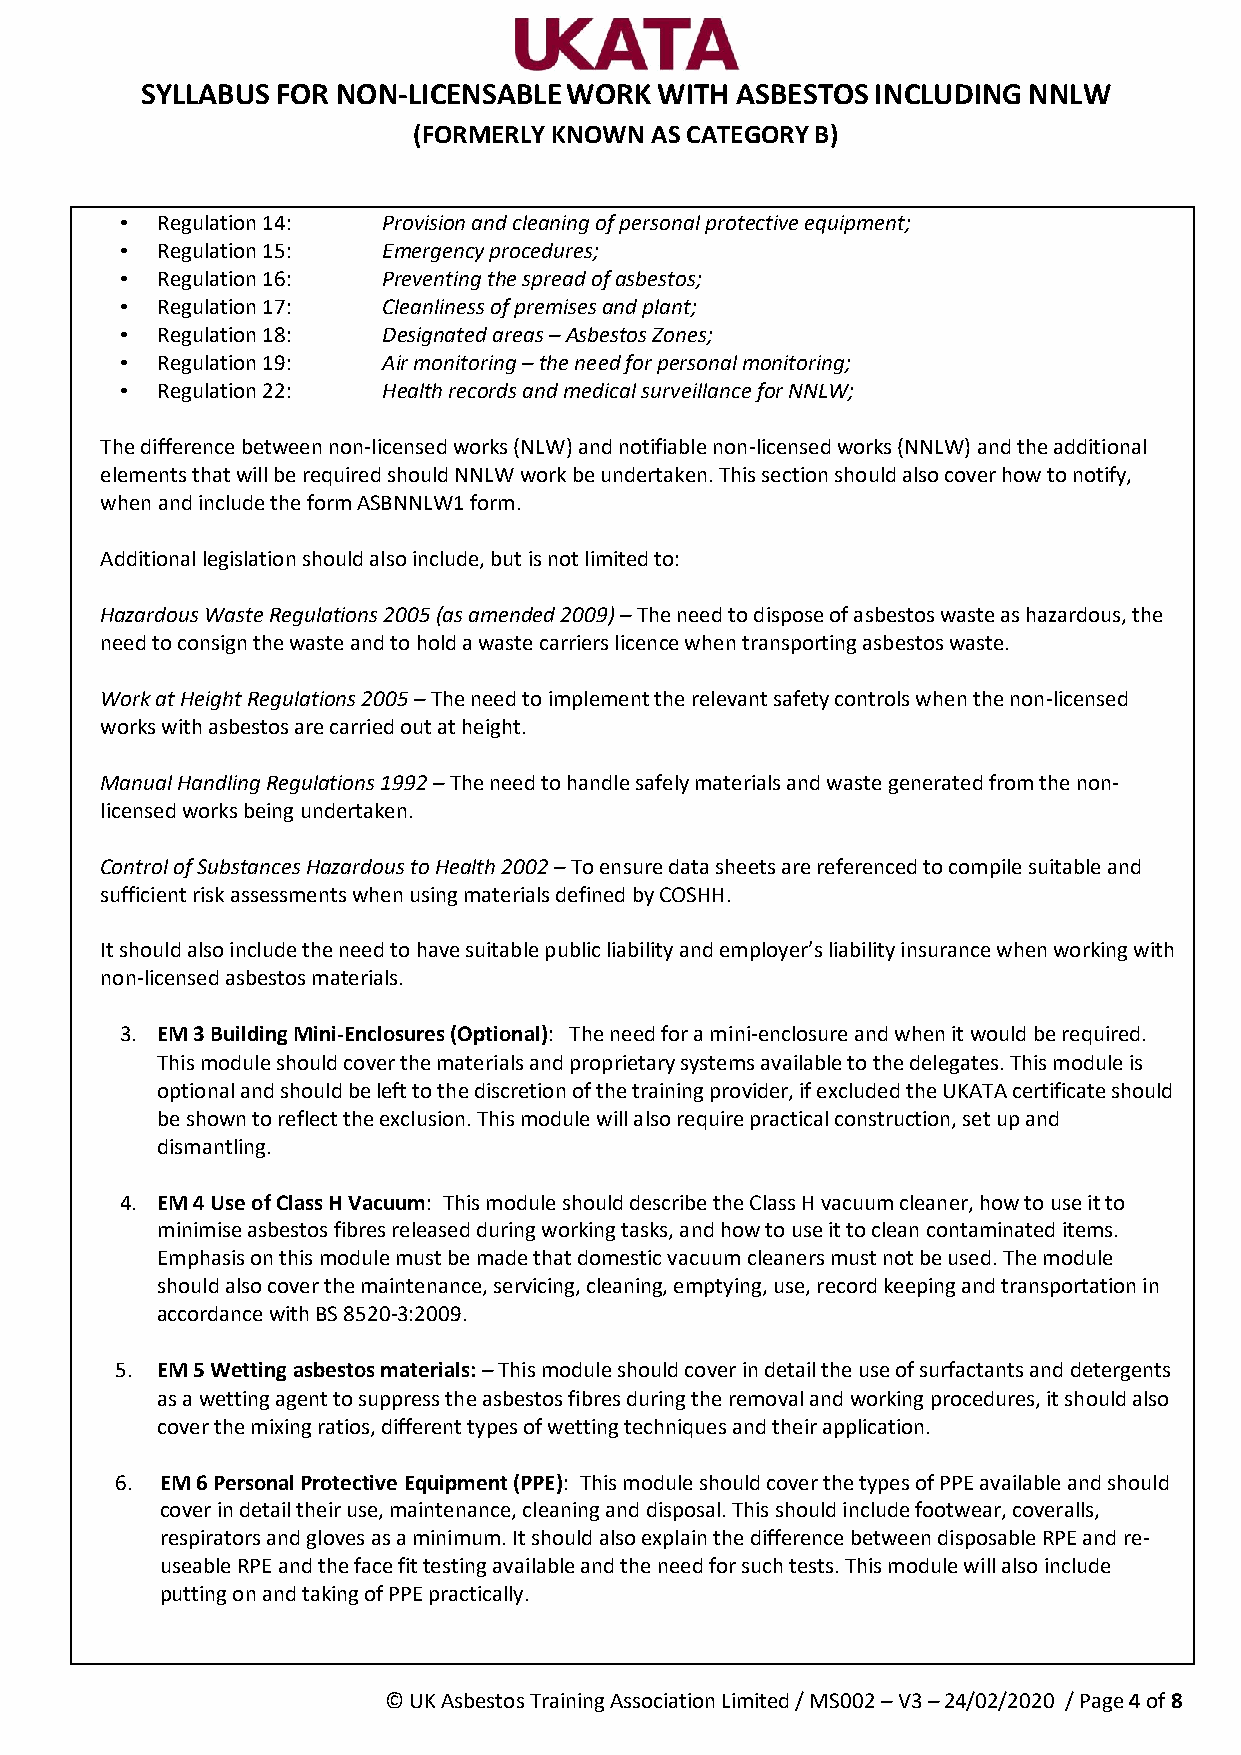
SYLLABUS FOR NON-LICENSABLE WORK  WITH  ASBESTOS INCLUDING NNLW
 (FORMERLY KNOWN AS CATEGORY B)
 • Regulation 14: Provision and cleaning of personal protective equipment;
 • Regulation 15: Emergency procedures;
 • Regulation 16: Preventing the spread of asbestos;
 • Regulation 17: Cleanliness of premises and plant;
 • Regulation 18: Designated areas – Asbestos Zones;
 • Regulation 19: Air monitoring – the need for personal monitoring;
 • Regulation 22: Health records and medical surveillance for NNLW;
 The difference between non-licensed works (NLW) and notifiable non-licensed works (NNLW) and the additional
 elements that will be required should NNLW work be undertaken. This section should also cover how to notify,
 when and include the form ASBNNLW1 form.
 Additional legislation should also include, but is not limited to:
 Hazardous Waste Regulations 2005 (as amended 2009) – The need to dispose of asbestos waste as hazardous, the
 need to consign the waste and to hold a waste carriers licence when transporting asbestos waste.
 Work at Height Regulations 2005 – The need to implement the relevant safety controls when the non-licensed
 works with asbestos are carried out at height.
 Manual Handling Regulations 1992 – The need to handle safely materials and waste generated from the non-
 licensed works being undertaken.
 Control of Substances Hazardous to Health 2002 – To ensure data sheets are referenced to compile suitable and
 sufficient risk assessments when using materials defined by COSHH.
 It should also include the need to have suitable public liability and employer’s liability insurance when working with
 non-licensed asbestos materials.
 3. EM 3 Building Mini-Enclosures (Optional): The need for a mini-enclosure and when it would be required.
 This module should cover the materials and proprietary systems available to the delegates. This module is
 optional and should be left to the discretion of the training provider, if excluded the UKATA certificate should
 be shown to reflect the exclusion. This module will also require practical construction, set up and
 dismantling.
 4. EM 4 Use of Class H Vacuum: This module should describe the Class H vacuum cleaner, how to use it to
 minimise asbestos fibres released during working tasks, and how to use it to clean contaminated items.
 Emphasis on this module must be made that domestic vacuum cleaners must not be used. The module
 should also cover the maintenance, servicing, cleaning, emptying, use, record keeping and transportation in
 accordance with BS 8520-3:2009.
 5. EM 5 Wetting asbestos materials: – This module should cover in detail the use of surfactants and detergents
 as a wetting agent to suppress the asbestos fibres during the removal and working procedures, it should also
 cover the mixing ratios, different types of wetting techniques and their application.
 6. EM 6 Personal Protective Equipment (PPE): This module should cover the types of PPE available and should
 cover in detail their use, maintenance, cleaning and disposal. This should include footwear, coveralls,
 respirators and gloves as a minimum. It should also explain the difference between disposable RPE and re-
 useable RPE and the face fit testing available and the need for such tests. This module will also include
 putting on and taking of PPE practically.
 © UK Asbestos Training Association Limited / MS002 – V3 – 24/02/2020 / Page 4 of 8